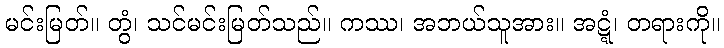
မင်းမြတ်။ တွံ၊ သင်မင်းမြတ်သည်။ ကဿ၊ အဘယ်သူအား။ အဋ္ဋံ၊ တရားကို။